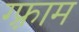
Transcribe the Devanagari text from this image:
ग्फ़्राम